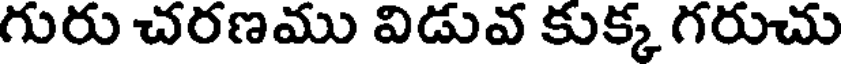
గురు చరణము విడువ కుక్క గరుచు